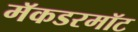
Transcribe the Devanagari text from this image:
मॅकडरमॉट